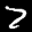
Label: 7